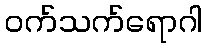
ဝက်သက်ရောဂါ